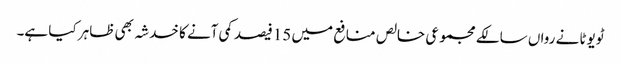
ٹویوٹا نے رواں سالکے مجموعی خالص منافع میں 15فیصد کمی آنے کا خدشہ بھی ظاہر کیا ہے۔